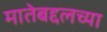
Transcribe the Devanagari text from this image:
मातेबद्दलच्या